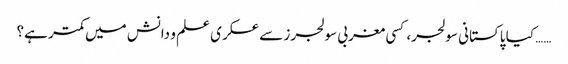
…… کیا پاکستانی سولجر، کسی مغربی سولجرز سے عسکری علم و دانش میں کمتر ہے؟